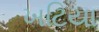
ખટિયા